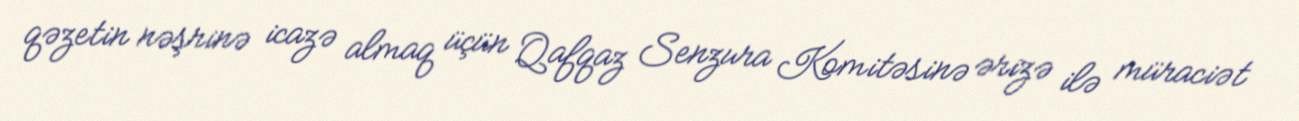
qəzetin nəşrinə icazə almaq üçün Qafqaz Senzura Komitəsinə ərizə ilə müraciət